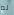
لم